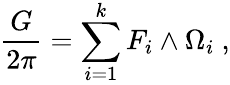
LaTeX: {\frac{G}{2\pi}}=\sum_{i=1}^{k}F_{i}\wedge\Omega_{i}\ ,